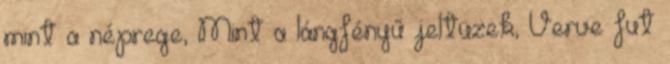
mint a néprege, Mint a lángfényű jeltüzek, Verve fut